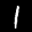
Label: 1